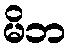
မိဘ